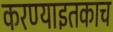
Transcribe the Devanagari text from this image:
करण्याइतकाच